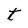
Character: t